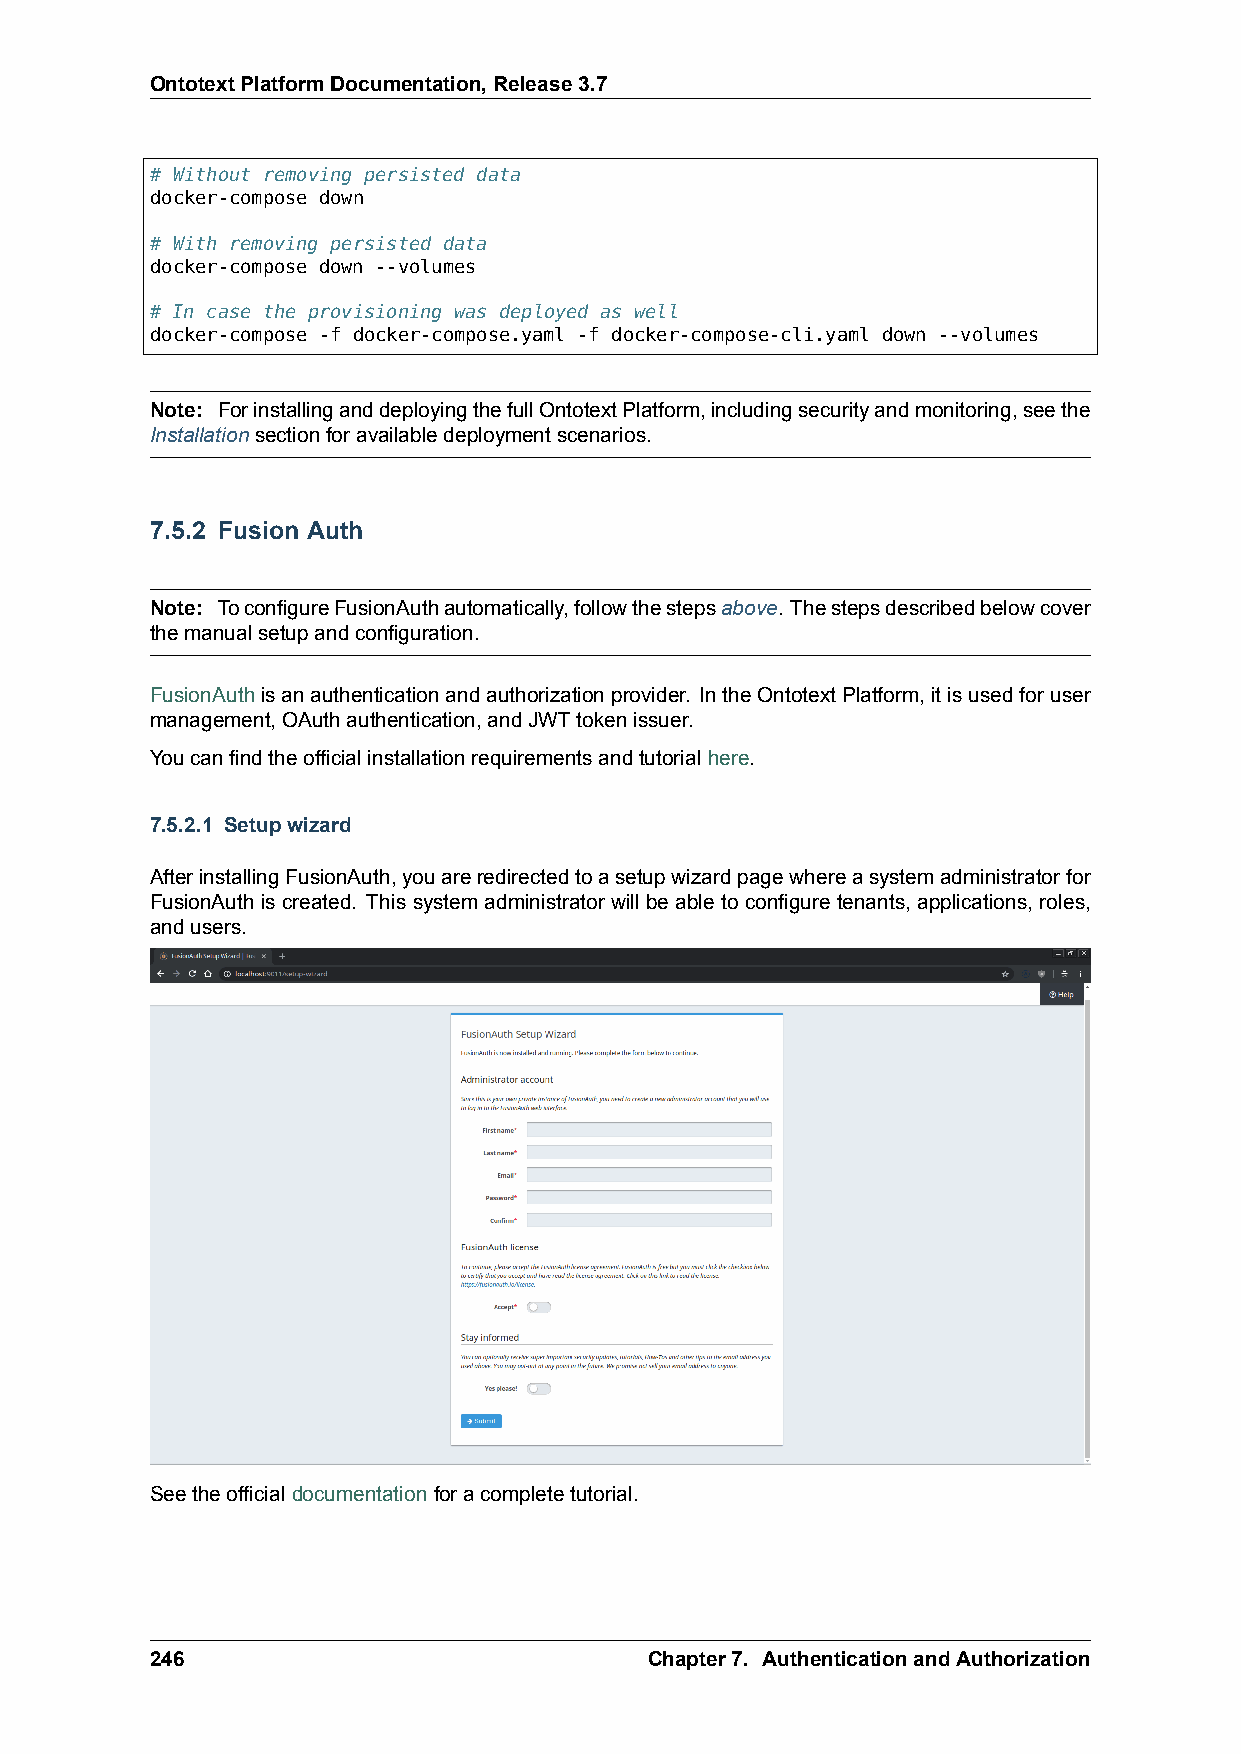
OntotextPlatformDocumentation,Release3.7
 # Without removing persisted data
 docker-compose down
 # With removing persisted data
 docker-compose down --volumes
 # In case the provisioning was deployed as well
 docker-compose -f docker-compose.yaml -f docker-compose-cli.yaml down --volumes
 Note: ForinstallinganddeployingthefullOntotextPlatform,includingsecurityandmonitoring,seethe
 Installationsectionforavailabledeploymentscenarios.
 7.5.2 Fusion Auth
 Note: ToconfigureFusionAuthautomatically,followthestepsabove. Thestepsdescribedbelowcover
 themanualsetupandconfiguration.
 FusionAuthisanauthenticationandauthorizationprovider. IntheOntotextPlatform,itisusedforuser
 management,OAuthauthentication,andJWTtokenissuer.
 Youcanfindtheofficialinstallationrequirementsandtutorialhere.
 7.5.2.1 Setupwizard
 AfterinstallingFusionAuth,youareredirectedtoasetupwizardpagewhereasystemadministratorfor
 FusionAuth is created. This system administrator will be able to configure tenants, applications, roles,
 andusers.
 Seetheofficialdocumentationforacompletetutorial.
 246                              Chapter7. AuthenticationandAuthorization